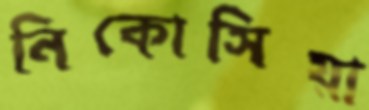
নিকোসিয়া